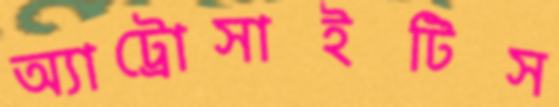
অ্যাট্রোসাইটিস